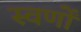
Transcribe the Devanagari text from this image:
स्वर्णों